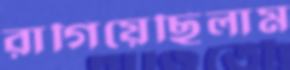
রাগিয়েছিলাম